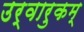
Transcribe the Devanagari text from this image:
उर्वारुकम्